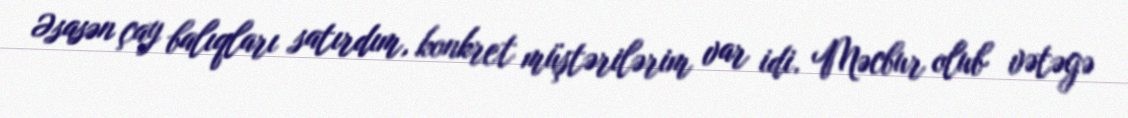
Əsasən çay balıqları satırdım, konkret müştərilərim var idi. Məcbur olub vətəgə